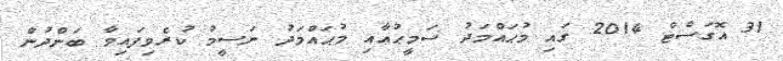
31 އޮގަސްޓް 2014 ގައި މުޙައްމަދު ސަމީޙުއާއި މުޙައްމަދު ނަސީމު ކުރެވިފައިވާ ބަންދުން